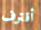
أقترف